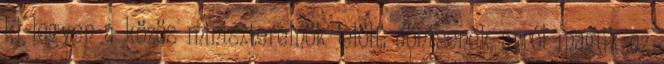
ki legyen a közös miniszterelnök-jelölt, döntsenek arról maguk az